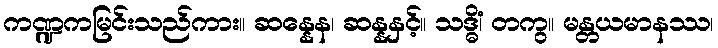
ကဏ္ဍကမြင်းသည်ကား။ ဆန္နေန၊ ဆန္နနှင့်။ သဒ္ဓိံ၊ တကွ။ မန္တယမာနဿ၊